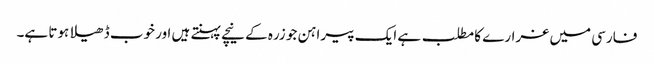
فارسی میں غرارے کا مطلب ہے ایک پیراہن جو زرہ کے نیچے پہنتے ہیں اور خوب ڈھیلا ہوتا ہے۔